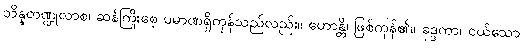
ဘိန္နတဏ္ဍုလာစ၊ ဆန်ကြိုးစေ့ ပမာဏရှိကုန်သည်လည်း။ ဟောန္တိ၊ ဖြစ်ကုန်၏။ ခုဒ္ဒကာ၊ ငယ်သော